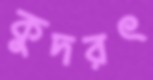
কুদরৎ